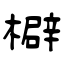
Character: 檘